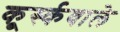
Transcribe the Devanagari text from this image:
कूर्स्कवाले